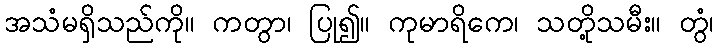
အသံမရှိသည်ကို။ ကတွာ၊ ပြု၍။ ကုမာရိကေ၊ သတို့သမီး။ တွံ၊